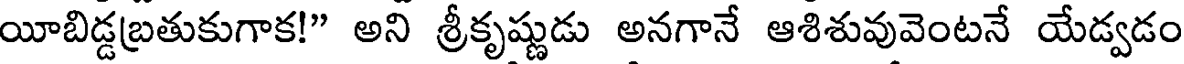
యీబిడ్డబ్రతుకుగాక!" అని శ్రీకృష్ణుడు అనగానే ఆశిశువువెంటనే యేడ్వడం